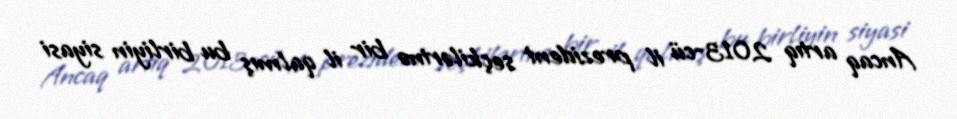
Ancaq artıq 2013-cü il prezident seçkilərinə bir il qalmış bu birliyin siyasi